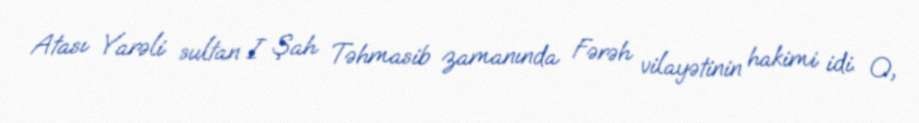
Atası Yarəli sultan I Şah Təhmasib zamanında Fərəh vilayətinin hakimi idi. O,